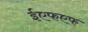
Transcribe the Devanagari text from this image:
ईएफएफ